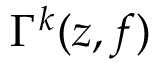
\Gamma ^ { k } ( z , f )